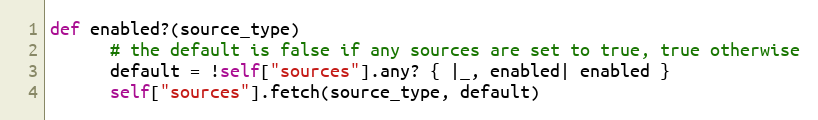
Language: Ruby
def enabled?(source_type)
      # the default is false if any sources are set to true, true otherwise
      default = !self["sources"].any? { |_, enabled| enabled }
      self["sources"].fetch(source_type, default)